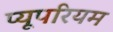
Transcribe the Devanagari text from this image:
प्यूपरियम